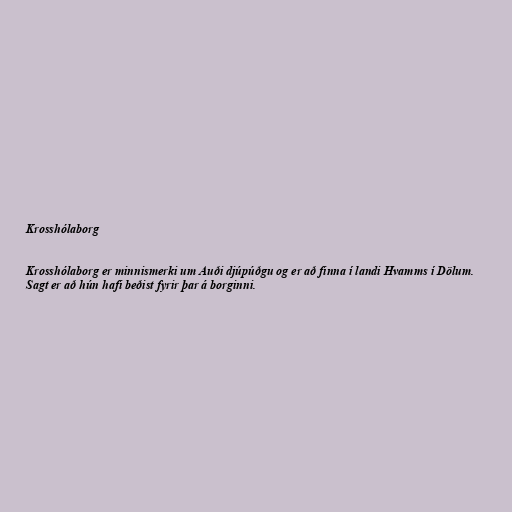
Krosshólaborg

Krosshólaborg er minnismerki um Auði djúpúðgu og er að finna í landi Hvamms í Dölum.
Sagt er að hún hafi beðist fyrir þar á borginni.